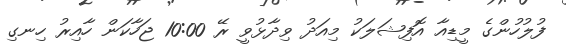
ފުލުހުންގެ މީޑިއާ އޮފިޝަލަކު މިއަދު ވިދާޅުވީ ރޭ 10:00 ޖަހާކަން ހާއިރު ހިނގި